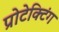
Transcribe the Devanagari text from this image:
प्रोटेक्टिंग